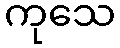
ကုသေ